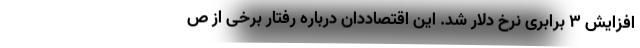
افزایش ۳ برابری نرخ دلار شد. این اقتصاددان درباره رفتار برخی از ص